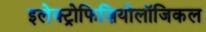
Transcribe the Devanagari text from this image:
इलेक्ट्रोफिज़ियोलॉजिकल